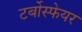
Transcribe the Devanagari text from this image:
टर्बोस्फेयर